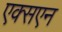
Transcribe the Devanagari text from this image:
एक्सएन